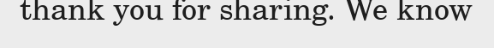
thank you for sharing. We know